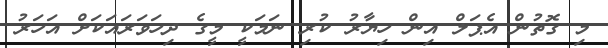
މި ގޮތުން އެޕަލް އިން ހިޔާރު ކުރި ނަމަކީ މީގެ ދިހަވަރައަކަށް އަހަރު